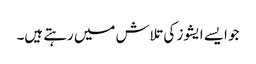
جو ایسے ایشوز کی تلاش میں رہتے ہیں۔